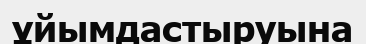
ұйымдастыруына